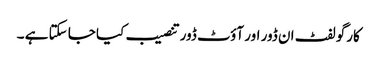
کارگو لفٹ ان ڈور اور آؤٹ ڈور تنصیب کیا جا سکتا ہے ۔